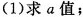
(1)求a值；